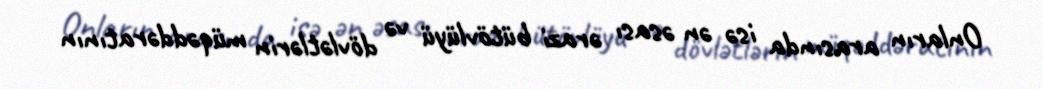
Onların arasında isə ən əsası ərazi bütövlüyü və dövlətlərin müqəddəratının